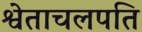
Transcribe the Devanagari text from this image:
श्वेताचलपति